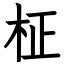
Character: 柾